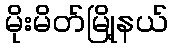
မိုးမိတ်မြို့နယ်